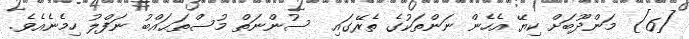
[6]  މަންދޫބަށް ކިޔޭ އެހެން ނަންތަކުގެ ތެރޭގައި  ސުންނަތް މުސްތަޙައްބު ނަފްލު ހިމެނެއެވެ.